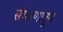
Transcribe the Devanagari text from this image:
संरक्षणातून